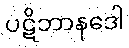
ပဋိဘာနဒေါ